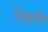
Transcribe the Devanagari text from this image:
मित्झ्रायिम